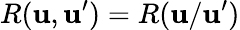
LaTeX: R(\mathbf{u},\mathbf{u}^{\prime})=R(\mathbf{u}/\mathbf{u}^{\prime})